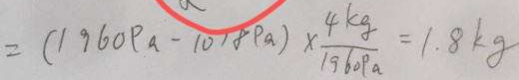
= ( 1 9 6 0 P a - 1 0 1 8 p a ) \times \frac { 4 k g } { 1 9 6 0 P a } = 1 . 8 k g